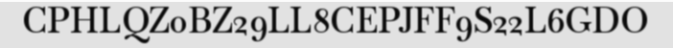
CPHLQZ0BZ29LL8CEPJFF9S22L6GDO